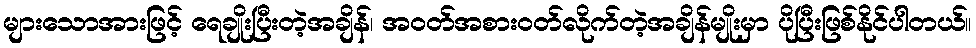
များသောအားဖြင့် ရေချိုးပြီးတဲ့အချိန်၊ အဝတ်အစားဝတ်လိုက်တဲ့အချိန်မျိုးမှာ ပိုပြီးဖြစ်နိုင်ပါတယ်။